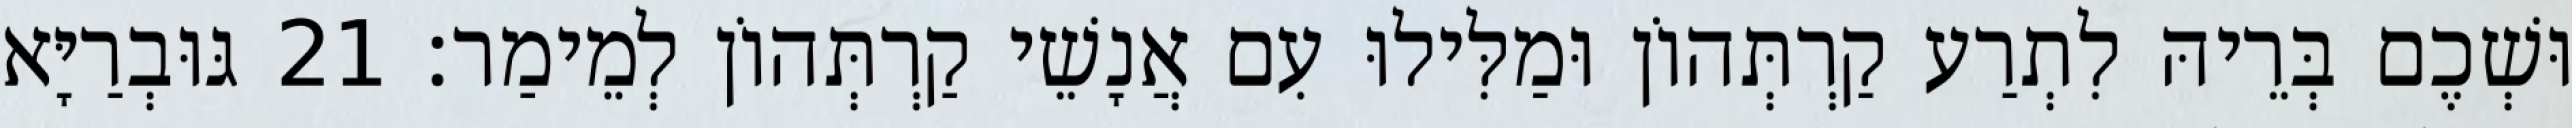
וּשְׁכֶם בְּרֵיהּ לִתְרַע קַרְתְּהוֹן וּמַלִּילוּ עִם אֲנָשֵׁי קַרְתְּהוֹן לְמֵימַר׃ 21 גּוּבְרַיָּא